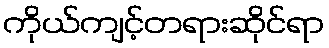
ကိုယ်ကျင့်တရားဆိုင်ရာ